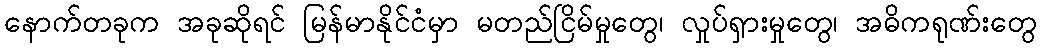
နောက်တခုက အခုဆိုရင် မြန်မာနိုင်ငံမှာ မတည်ငြိမ်မှုတွေ၊ လှုပ်ရှားမှုတွေ၊ အဓိကရုဏ်းတွေ